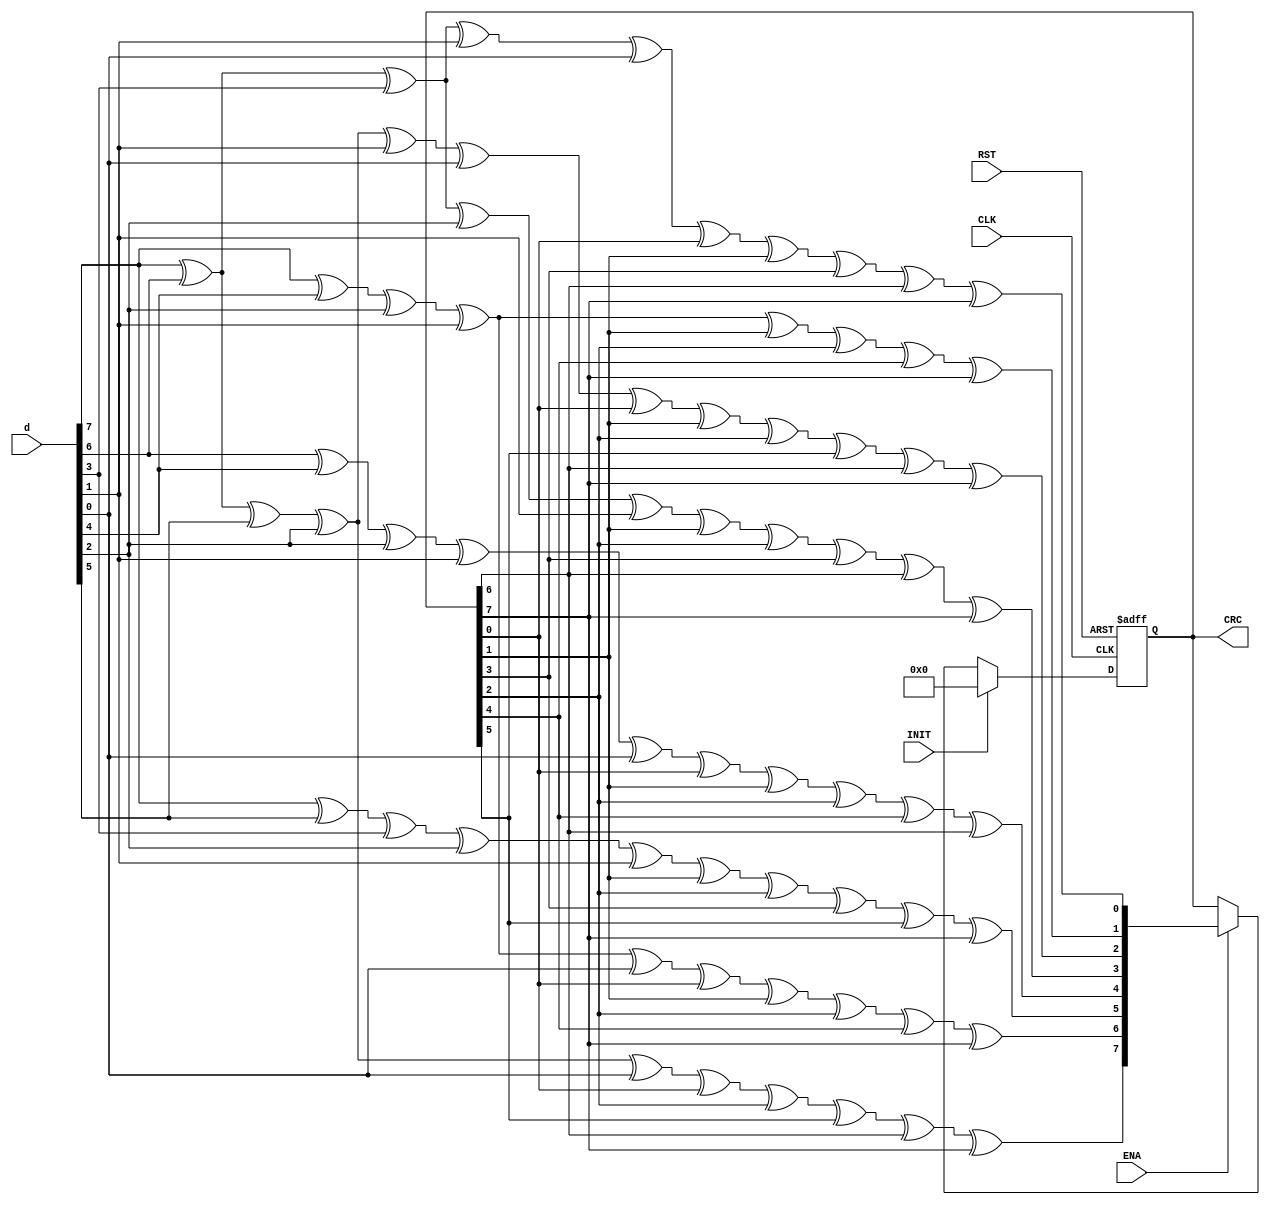
// Result of calculation is identical to several online calculation services with parameters:
// 1) input reflected = none
// 2) result reflected = none
// 3) polynomial = 0xD5 or 111010101
// 4) initial value = 0x00
// 5) final xor value = 0x00

module CRC_8(
input CLK,
input RST,
input ENA,
input INIT,
input [7:0] d,

output reg [7:0] CRC
);

wire [7:0] c = CRC;
wire [7:0] newcrc;

always@(negedge CLK or negedge RST)
begin
if(!RST)
	CRC [7:0] <= {8{1'b0}};
else
	begin
	if(INIT) 
		CRC [7:0] <= {8{1'b0}};
   else if(ENA)
		CRC <= newcrc;
	end
end

assign newcrc[0] = d[7] ^ d[6] ^ d[3] ^ d[1] ^ d[0] ^ c[0] ^ c[1] ^ c[3] ^ c[6] ^ c[7];
assign newcrc[1] = d[7] ^ d[4] ^ d[2] ^ d[1] ^ c[1] ^ c[2] ^ c[4] ^ c[7];
assign newcrc[2] = d[7] ^ d[6] ^ d[5] ^ d[2] ^ d[1] ^ d[0] ^ c[0] ^ c[1] ^ c[2] ^ c[5] ^ c[6] ^ c[7];
assign newcrc[3] = d[7] ^ d[6] ^ d[3] ^ d[2] ^ d[1] ^ c[1] ^ c[2] ^ c[3] ^ c[6] ^ c[7];
assign newcrc[4] = d[6] ^ d[4] ^ d[2] ^ d[1] ^ d[0] ^ c[0] ^ c[1] ^ c[2] ^ c[4] ^ c[6];
assign newcrc[5] = d[7] ^ d[5] ^ d[3] ^ d[2] ^ d[1] ^ c[1] ^ c[2] ^ c[3] ^ c[5] ^ c[7];
assign newcrc[6] = d[7] ^ d[4] ^ d[2] ^ d[1] ^ d[0] ^ c[0] ^ c[1] ^ c[2] ^ c[4] ^ c[7];
assign newcrc[7] = d[7] ^ d[6] ^ d[5] ^ d[2] ^ d[0] ^ c[0] ^ c[2] ^ c[5] ^ c[6] ^ c[7];

endmodule